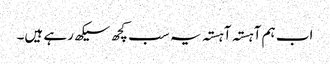
اب ہم آہستہ آہستہ یہ سب کچھ سیکھ رہے ہیں۔